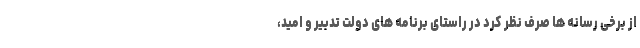
از برخی رسانه ها صرف نظر کرد در راستای برنامه های دولت تدبیر و امید،